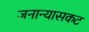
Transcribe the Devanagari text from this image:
जनान्यासकट